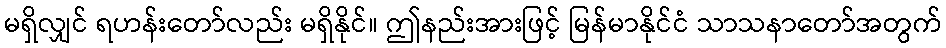
မရှိလျှင် ရဟန်းတော်လည်း မရှိနိုင်။ ဤနည်းအားဖြင့် မြန်မာနိုင်ငံ သာသနာတော်အတွက်